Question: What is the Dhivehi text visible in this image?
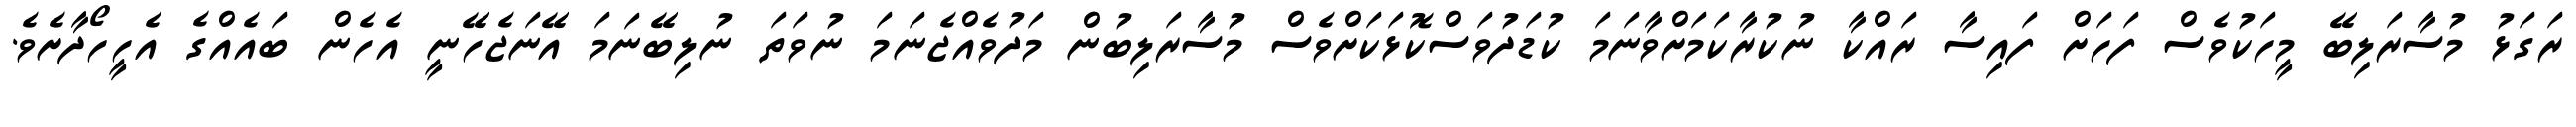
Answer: ރަގަޅު މުސާރަލިބޭ މީހަކުވެސް ފަހަށް ފައިސާ ރައްކާ ނުކުރާކަމަށްވާނަމަ ކުޑަދުވަސްކޮޅަކަށްވެސް މުސާރަލިބުން މަދުވެއްޖެނަމަ ނުވަތަ ނުލިބޭނަމަ އޭނަޖެހޭނީ އެހެން ބައެއްގެ އެހީހޯދާށެވެ.